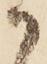
か